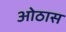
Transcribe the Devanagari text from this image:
ओठास